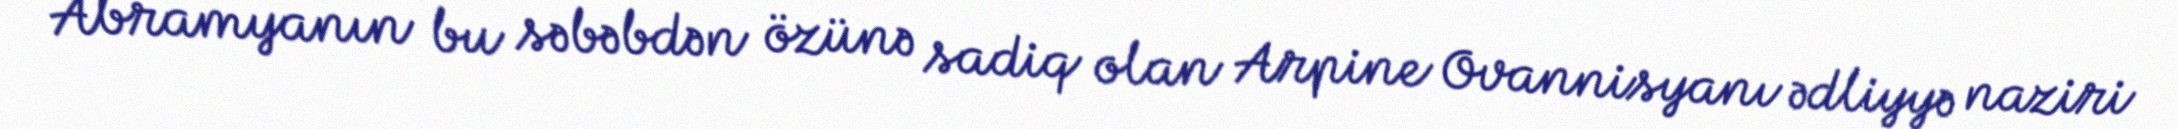
Abramyanın bu səbəbdən özünə sadiq olan Arpine Ovannisyanı ədliyyə naziri